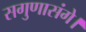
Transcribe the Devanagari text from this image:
सगुणासंगे।